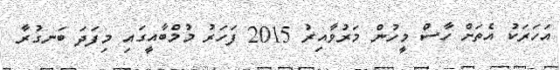
އަހަރަކު އެތަށް ހާސް މީހުން މަރުވާއިރު 2015 ފަހަރު މުމްބާއީގައި މިފަދަ ބަނގުރާ